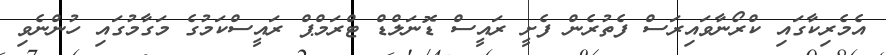
އެމެރިކާގައި ކްރޯނާވައިރަސް ފެތުރެން ފެށީ ރައީސް ޑޮނަލްޑް ޓްރަމްޕް ރައީސްކަމުގެ މަގާމުގައި ހުންނެވި